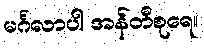
မင်္ဂလာပါ အန်တီစုရေ။